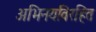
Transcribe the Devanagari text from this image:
अभिनयविरहित